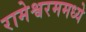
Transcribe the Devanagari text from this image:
रामेश्वरममध्ये